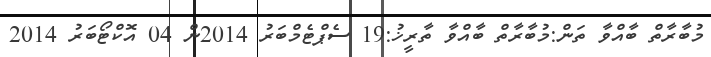
މުބާރާތް ބާއްވާ ތަން:މުބާރާތް ބާއްވާ ތާރީޚު:19 ސެޕްޓެމްބަރު 2014ން 04 އޮކްޓޯބަރު 2014